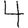
Digit: 4